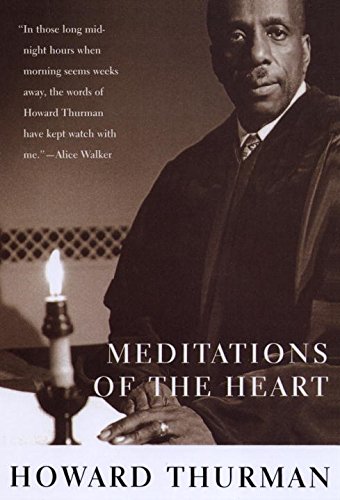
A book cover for Meditations of the Heart; Howard Thurman; Christian Books & Bibles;